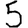
Digit: 5